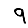
Digit: 9